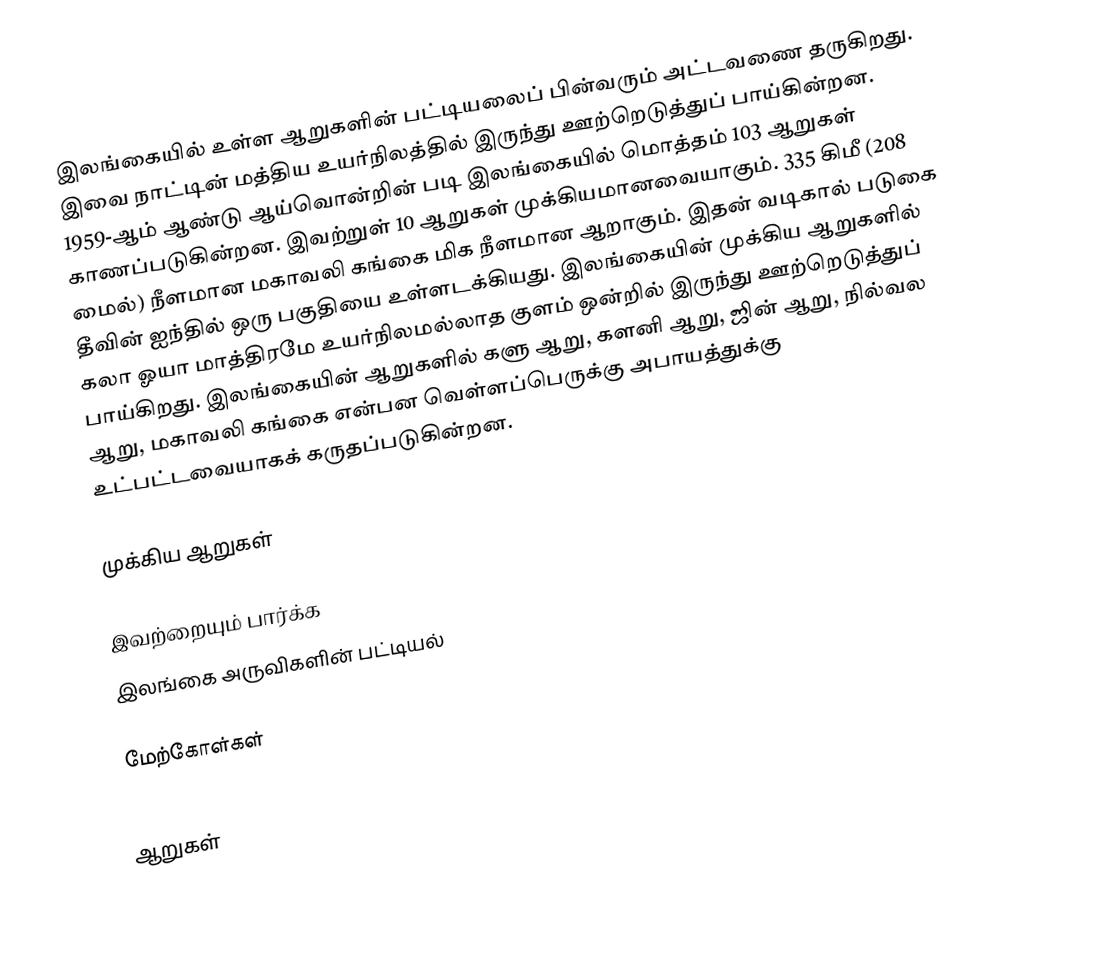
இலங்கையில் உள்ள ஆறுகளின் பட்டியலைப் பின்வரும் அட்டவணை தருகிறது. இவை நாட்டின் மத்திய உயர்நிலத்தில் இருந்து ஊற்றெடுத்துப் பாய்கின்றன. 1959-ஆம் ஆண்டு ஆய்வொன்றின் படி இலங்கையில் மொத்தம் 103 ஆறுகள் காணப்படுகின்றன. இவற்றுள் 10 ஆறுகள் முக்கியமானவையாகும். 335 கிமீ (208 மைல்) நீளமான மகாவலி கங்கை மிக நீளமான ஆறாகும். இதன் வடிகால் படுகை தீவின் ஐந்தில் ஒரு பகுதியை உள்ளடக்கியது. இலங்கையின் முக்கிய ஆறுகளில் கலா ஓயா மாத்திரமே உயர்நிலமல்லாத குளம் ஒன்றில் இருந்து ஊற்றெடுத்துப் பாய்கிறது. இலங்கையின் ஆறுகளில் களு ஆறு, களனி ஆறு, ஜின் ஆறு, நில்வல ஆறு,  மகாவலி கங்கை என்பன வெள்ளப்பெருக்கு அபாயத்துக்கு உட்பட்டவையாகக் கருதப்படுகின்றன.

முக்கிய ஆறுகள்

இவற்றையும் பார்க்க
இலங்கை அருவிகளின் பட்டியல்

மேற்கோள்கள்

ஆறுகள்